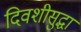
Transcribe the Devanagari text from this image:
दिवशीसुद्धा